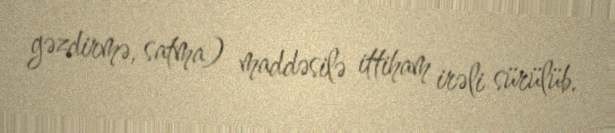
gəzdirmə, satma) maddəsilə ittiham irəli sürülüb.